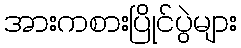
အားကစားပြိုင်ပွဲများ